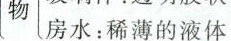
物 房水：稀薄的液体